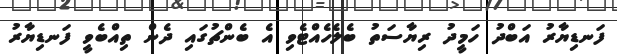
ފަނޑިޔާރު އަބްދު ހަމީދު ރިޔާސަތު ބެލެހެއްޓެވި އެ ބެންޗުގައި ދެން ތިއްބެވީ ފަނޑިޔާރު